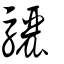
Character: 驪